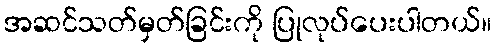
အဆင်သတ်မှတ်ခြင်းကို ပြုလုပ်ပေးပါတယ်။